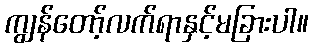
ကျွန်တော့်လက်ရာနှင့်မခြားပါ။